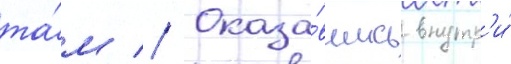
та́м // Оказа́вшись внутр'и́